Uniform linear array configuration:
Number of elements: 4
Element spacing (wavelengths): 0.75
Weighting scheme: cosine
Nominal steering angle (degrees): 30
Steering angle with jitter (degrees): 29.944
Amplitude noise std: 0.05
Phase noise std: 0.05

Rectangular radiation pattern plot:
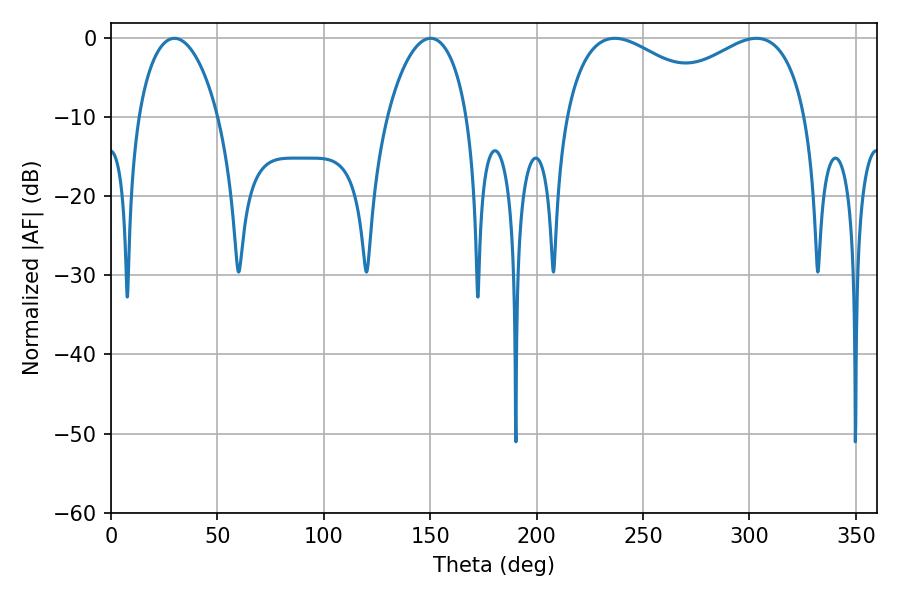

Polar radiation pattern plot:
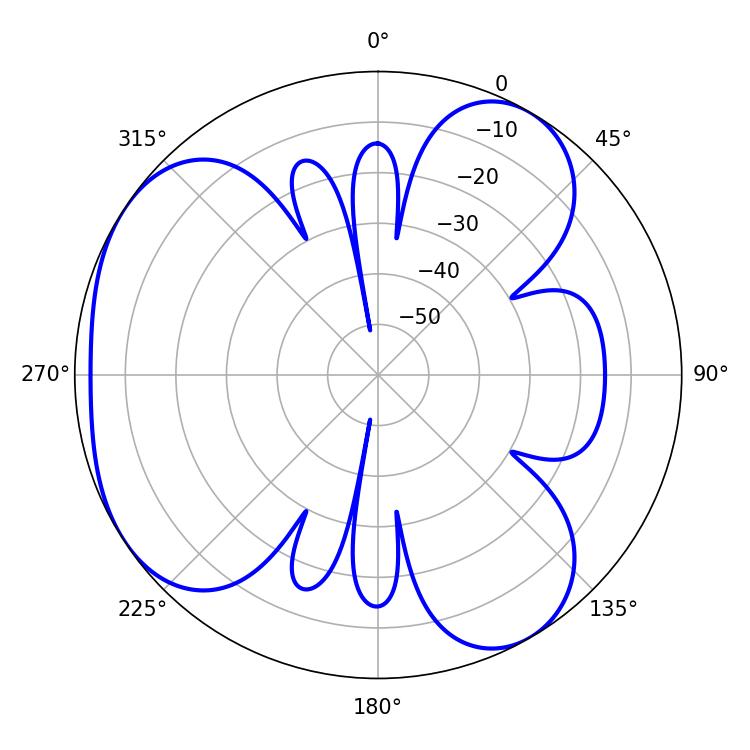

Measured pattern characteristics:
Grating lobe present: TRUE
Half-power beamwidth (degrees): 43.2
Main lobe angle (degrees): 236.7